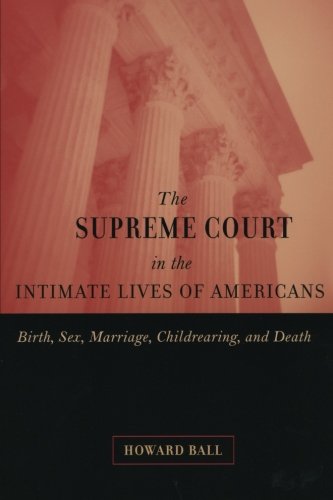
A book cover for The Supreme Court in the Intimate Lives of Americans: Birth, Sex, Marriage, Childrearing, and Death; Howard Ball; Law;